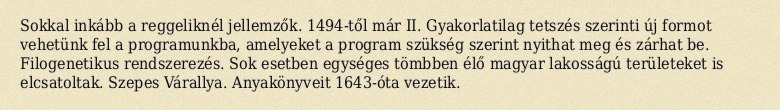
Sokkal inkább a reggeliknél jellemzők. 1494-től már II. Gyakorlatilag tetszés szerinti új formot vehetünk fel a programunkba, amelyeket a program szükség szerint nyithat meg és zárhat be. Filogenetikus rendszerezés. Sok esetben egységes tömbben élő magyar lakosságú területeket is elcsatoltak. Szepes Várallya. Anyakönyveit 1643-óta vezetik.